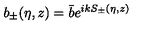
b _ { \pm } ( \eta , z ) = \bar { b } e ^ { i k S _ { \pm } ( \eta , z ) }